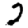
Digit: 2